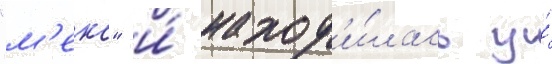
"м'еко" и́ наход'и́лась у́